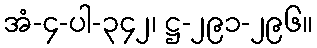
အံ-၄-ပါ-၃၄၂၊ ဋ္ဌ-၂၉၁-၂၉၆။